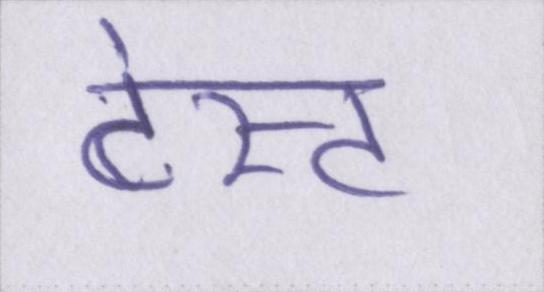
टेस्ट